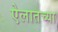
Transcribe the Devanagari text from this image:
ऐलातच्या